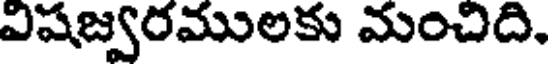
విషజ్వరములకు మంచిది.